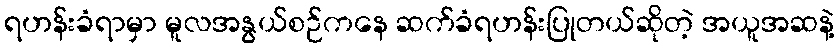
ရဟန်းခံရာမှာ မူလအနွယ်စဉ်ကနေ ဆက်ခံရဟန်းပြုတယ်ဆိုတဲ့ အယူအဆနဲ့